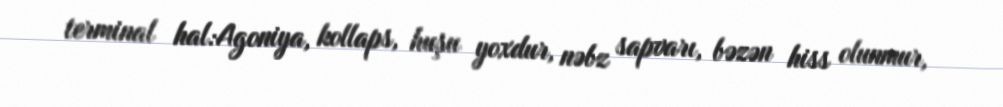
terminal hal:Agoniya, kollaps, huşu yoxdur, nəbz sapvarı, bəzən hiss olunmur,